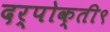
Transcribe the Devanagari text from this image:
दर्पोक्ती९